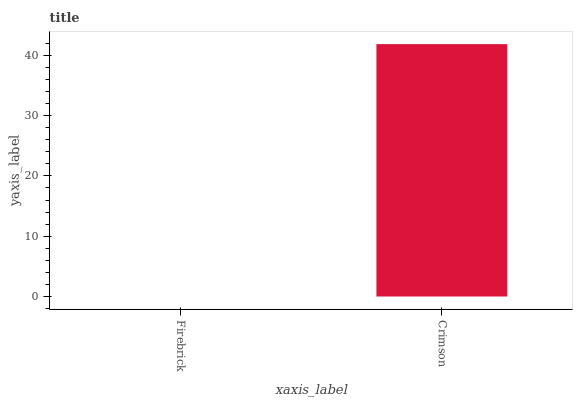
| xaxis_label | bars |
 | --- | --- |
 | Firebrick | 0 |
 | Crimson | 41.8 |